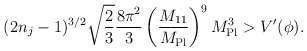
\begin{align*}(2 n_j -1)^{3/2} \sqrt{\frac{2}{3}} \frac{8\pi^2}{3} \left(\frac{M_{11}}{M_{\rm Pl}} \right)^9 M_{\rm Pl}^3 > V'(\phi).\end{align*}